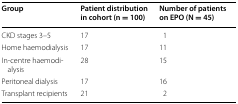
<table><thead><tr><td><b>Group</b></td><td><b>Patient distribution in cohort (n = 100)</b></td><td><b>Number of patients on EPO (N = 45)</b></td></tr></thead><tbody><tr><td>CKD stages 3–5</td><td>17</td><td>1</td></tr><tr><td>Home haemodialysis</td><td>17</td><td>11</td></tr><tr><td>In-centre haemodialysis</td><td>28</td><td>15</td></tr><tr><td>Peritoneal dialysis</td><td>17</td><td>16</td></tr><tr><td>Transplant recipients</td><td>21</td><td>2</td></tr></tbody></table>